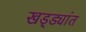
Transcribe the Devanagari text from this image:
खड्ड्यांत